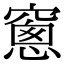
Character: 窻